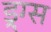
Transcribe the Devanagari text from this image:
ड्र्ग्स